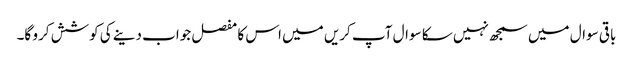
باقی سوال میں سمجھ نہیں سکا سوال آپ کریں میں اس کا مفصل جواب دینے کی کوشش کرو گا۔